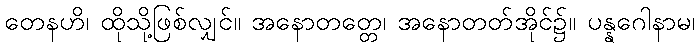
တေနဟိ၊ ထိုသို့ဖြစ်လျှင်။ အနောတတ္တေ၊ အနောတတ်အိုင်၌။ ပန္နဂေါနာမ၊